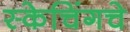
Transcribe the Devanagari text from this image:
स्केचिंगचे